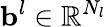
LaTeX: \mathbf{b}^{l}\in\mathbb{R}^{N_{l}}